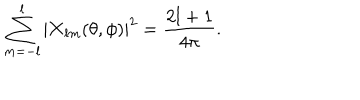
\sum _ { m = - l } ^ { l } | { \bf X } _ { l m } ( \theta , \phi ) | ^ { 2 } = { \frac { 2 l + 1 } { 4 \pi } } .